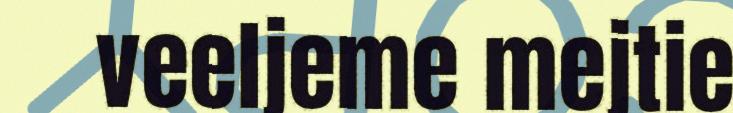
veeljeme mejtie